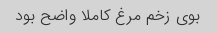
بوی زخم مرغ کاملا واضح بود